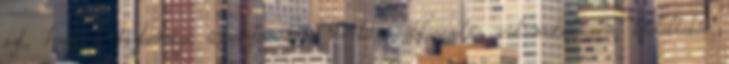
azt, hogy a biztonsági áramforrásra történõ átkapcsolás automatikusan, késleltetés